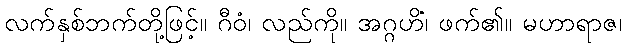
လက်နှစ်ဘက်တို့ဖြင့်။ ဂီဝံ၊ လည်ကို။ အဂ္ဂဟိံ၊ ဖက်၏။ မဟာရာဇ၊